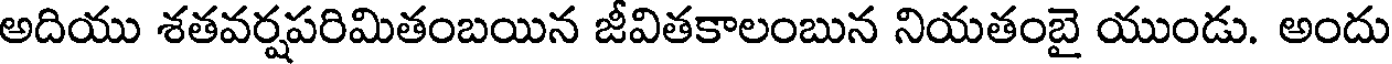
అదియు శతవర్షపరిమితంబయిన జీవితకాలంబున నియతంబై యుండు. అందు